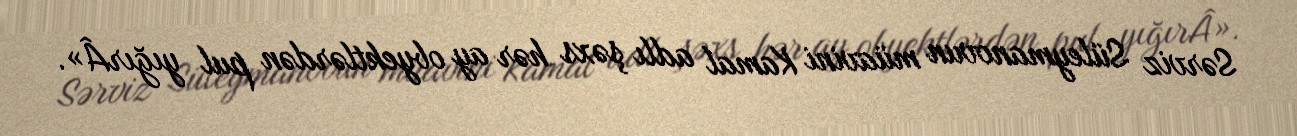
Sərviz Süleymanovun müavini Kamal adlı şəxs hər ay obyektlərdən pul yığırÂ».